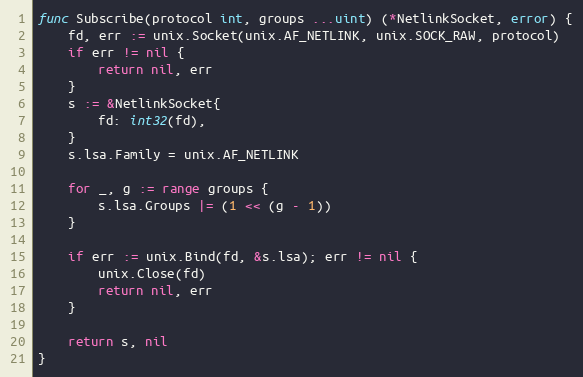
Language: Go
func Subscribe(protocol int, groups ...uint) (*NetlinkSocket, error) {
	fd, err := unix.Socket(unix.AF_NETLINK, unix.SOCK_RAW, protocol)
	if err != nil {
		return nil, err
	}
	s := &NetlinkSocket{
		fd: int32(fd),
	}
	s.lsa.Family = unix.AF_NETLINK

	for _, g := range groups {
		s.lsa.Groups |= (1 << (g - 1))
	}

	if err := unix.Bind(fd, &s.lsa); err != nil {
		unix.Close(fd)
		return nil, err
	}

	return s, nil
}